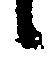
候